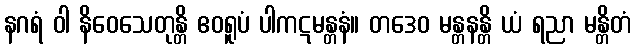
နဂရံ ဝါ နိဝေသေတုန္တိ ဧဝရူပံ ပါကဋမန္တနံ။ တဒေဝ မန္တနန္တိ ယံ ရညာ မန္တိတံ